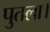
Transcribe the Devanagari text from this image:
पुतला।